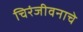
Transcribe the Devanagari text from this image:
चिरंजीवनाचे